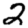
Digit: 2